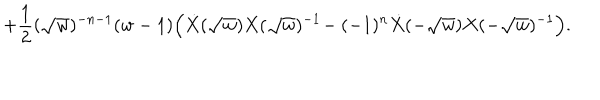
+ { \frac { 1 } { 2 } } ( \sqrt { w } ) ^ { - n - 1 } ( w - 1 ) \Big ( \dot { X } ( \sqrt { w } ) X ( \sqrt { w } ) ^ { - 1 } \! - ( - 1 ) ^ { n } \dot { X } ( - \sqrt { w } ) X ( - \sqrt { w } ) ^ { - 1 } \Big ) .